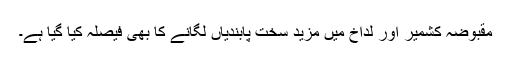
مقبوضہ کشمیر اور لداخ میں مزید سخت پابندیاں لگانے کا بھی فیصلہ کیا گیا ہے۔